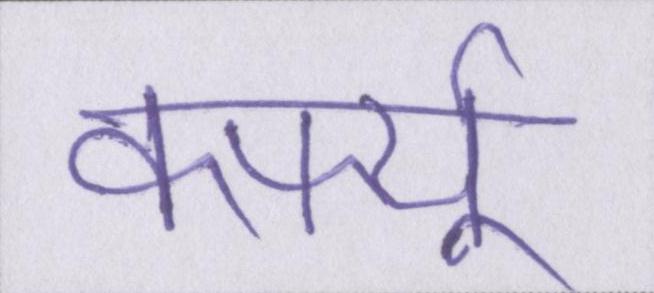
कर्फ्यू